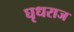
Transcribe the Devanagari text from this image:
घृधराज